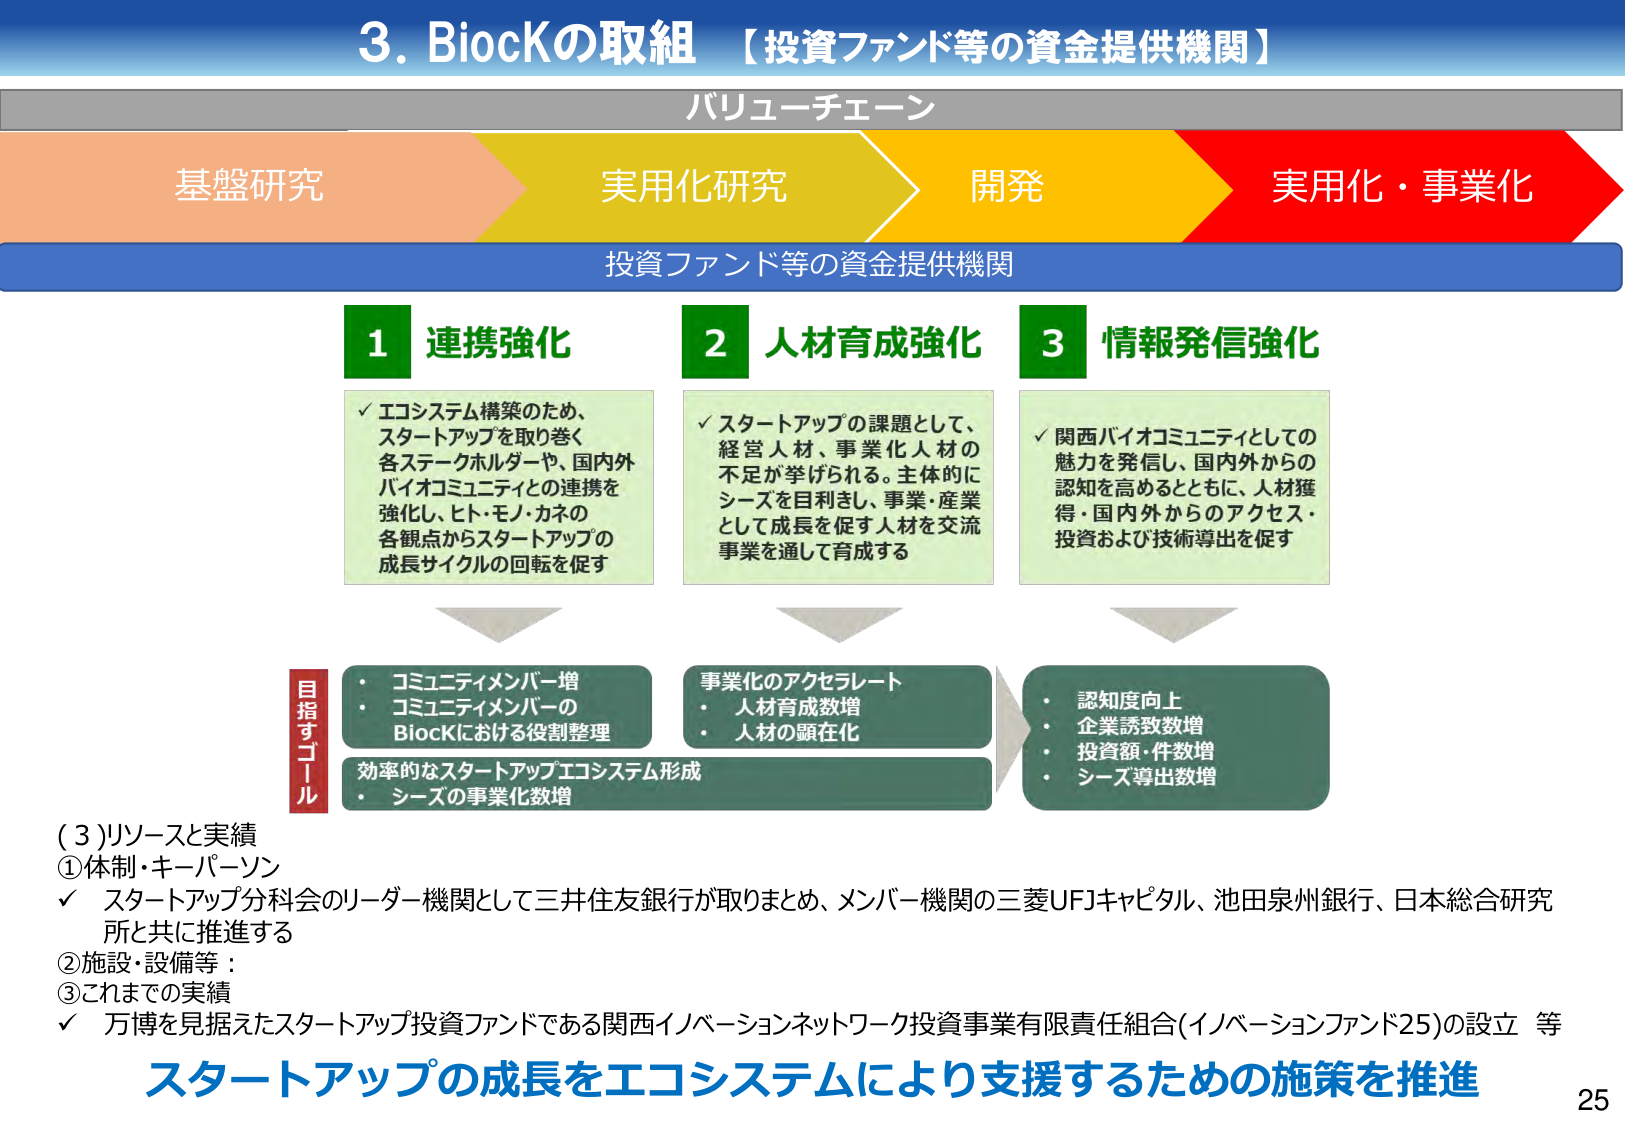
3. BiocKの取組 【投資ファンド等の資金提供機関】

バリューチェーン

基盤研究　→　実用化研究　→　開発　→　実用化・事業化

投資ファンド等の資金提供機関

1 連携強化
✓ エコシステム構築のため、
　スタートアップを取り巻く
　各ステークホルダー、国内外
　バイオコミュニティとの連携を
　強化し、ヒト・モノ・カネの
　各観点からスタートアップの
　成長サイクルの回転を促す

2 人材育成強化
✓ スタートアップの課題として、
　経営人材、事業化人材の
　不足が挙げられる。主体的に
　シーズを目利きし、事業・産業
　として成長を促す人材を交流
　事業を通じて育成する

3 情報発信強化
✓ 関西バイオコミュニティとしての
　魅力を発信し、国内外からの
　認知を高めるとともに、人材獲
　得・国内外からのアクセス・
　投資および技術導出を促す

目指すゴール
・ コミュニティメンバー増
・ コミュニティメンバーの
　BiocKにおける役割整理
・ 効率的なスタートアップエコシステム形成
・ シーズの事業化数増

・ 事業化のアクセラレート
・ 人材育成数増
・ 人材の顕在化

・ 認知度向上
・ 企業誘致数増
・ 投資額・件数増
・ シーズ導出数増

(3)リソースと実績
①体制・キーパーソン
✓ スタートアップ分科会のリーダー機関として三井住友銀行が取りまとめ、メンバー機関の三菱UFJキャピタル、池田泉州銀行、日本総合研究所と共に推進する

②施設・設備等：

③これまでの実績
✓ 万博を見据えたスタートアップ投資ファンドである関西イノベーションネットワーク投資事業有限責任組合(イノベーションファンド25)の設立 等

スタートアップの成長をエコシステムにより支援するための施策を推進

25